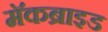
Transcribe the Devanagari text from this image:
मॅकब्राइड